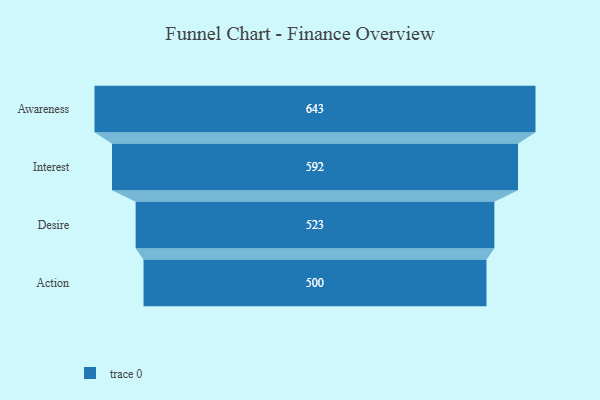
{"axis": {"x": "Stage", "y": "Value"}, "legend": [""], "data": [{"x": "Awareness", "y": 643.0, "type": ""}, {"x": "Interest", "y": 592.0, "type": ""}, {"x": "Desire", "y": 523.0, "type": ""}, {"x": "Action", "y": 500, "type": ""}]}